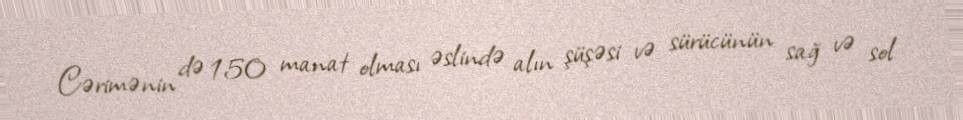
Cərimənin də 150 manat olması əslində alın şüşəsi və sürücünün sağ və sol